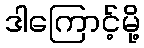
ဒါကြောင့်မို့